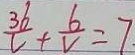
\frac { 3 6 } { v } + \frac { 6 } { v } = 7 .